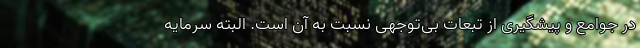
در جوامع و پیشگیری از تبعات بی‌توجهی نسبت به آن است. البته سرمایه